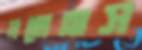
মহোল্লাস